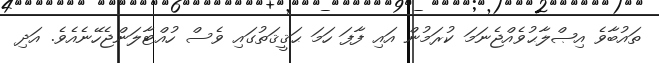
ތައުބާވެ އިޞްލާޙުވެއްޖެނަމަ ކުރަމުން އައި ފާފަ ހަމަ ޙަޤީޤަތުގައި ވެސް ހުއްޓާލަންޖެހޭނެއެވެ. އަދި